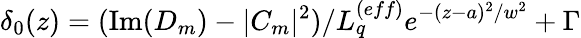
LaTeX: \delta_{0}(z)=(\operatorname{Im}(D_{m})-|C_{m}|^{2})/L_{q}^{(eff)}e^{-(z-a)^{2}/w^{2}}+\Gamma